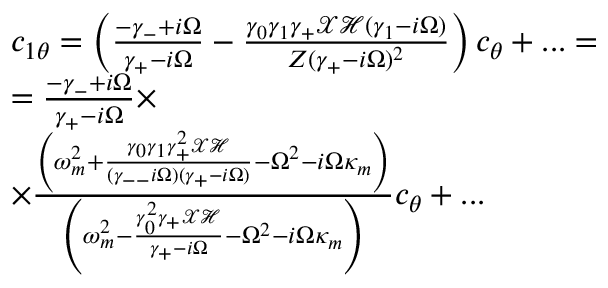
\begin{array} { r l } & { c _ { 1 \theta } = \left( \frac { - \gamma _ { - } + i \Omega } { \gamma _ { + } - i \Omega } - \frac { \gamma _ { 0 } \gamma _ { 1 } \gamma _ { + } \mathcal { X } \mathcal { H } ( \gamma _ { 1 } - i \Omega ) } { Z ( \gamma _ { + } - i \Omega ) ^ { 2 } } \right) c _ { \theta } + . . . = } \\ & { = \frac { - \gamma _ { - } + i \Omega } { \gamma _ { + } - i \Omega } \times } \\ & { \times \frac { \left( \omega _ { m } ^ { 2 } + \frac { \gamma _ { 0 } \gamma _ { 1 } \gamma _ { + } ^ { 2 } \mathcal { X } \mathcal { H } } { ( \gamma _ { -- } i \Omega ) ( \gamma _ { + } - i \Omega ) } - \Omega ^ { 2 } - i \Omega \kappa _ { m } \right) } { \left( \omega _ { m } ^ { 2 } - \frac { \gamma _ { 0 } ^ { 2 } \gamma _ { + } \mathcal { X } \mathcal { H } } { \gamma _ { + } - i \Omega } - \Omega ^ { 2 } - i \Omega \kappa _ { m } \right) } c _ { \theta } + . . . } \end{array}